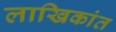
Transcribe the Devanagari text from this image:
लाखिकांत